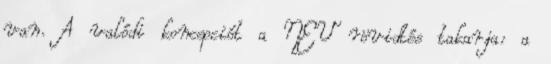
van. A valódi koncepciót a NEV rövidtés takarja: a